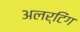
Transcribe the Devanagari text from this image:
अलर्टिंग